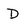
Character: D